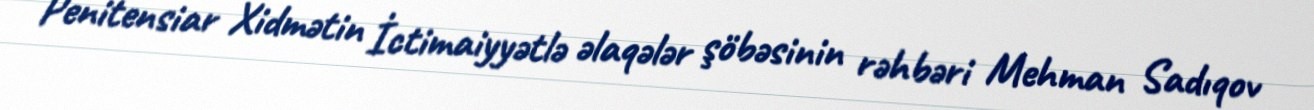
Penitensiar Xidmətin İctimaiyyətlə əlaqələr şöbəsinin rəhbəri Mehman Sadıqov